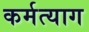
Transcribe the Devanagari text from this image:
कर्मत्याग